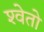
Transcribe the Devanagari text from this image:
श्‍वेतो